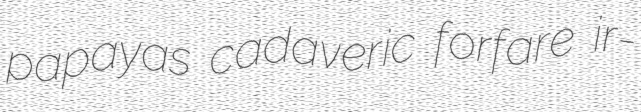
papayas cadaveric forfare ir-